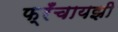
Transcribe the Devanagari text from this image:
फ्रँचायझी